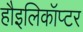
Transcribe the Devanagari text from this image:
हौइलिकॉप्टर